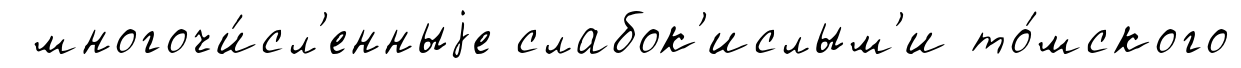
многочи́сл'енныjе слабок'ислым'и то́мского